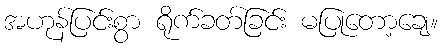
အဟုန်ပြင်းစွာ ရိုက်ခတ်ခြင်း မပြုတော့ချေ။